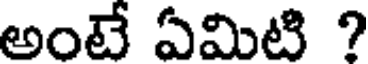
అంటే ఏమిటి ?